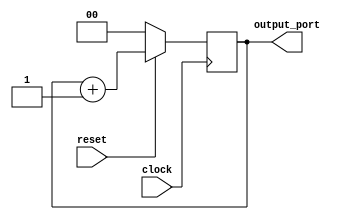
///////////////////////////////////////////////////////////////////////////////////////////////////
// Company: <Name>
//
// File history:
//      <Revision number>: <Date>: <Comments>
//      <Revision number>: <Date>: <Comments>
//      <Revision number>: <Date>: <Comments>
//
// Description: 
//
// <Description here>
//
// Targeted device: <Family::IGLOO> <Die::AGLN250V2> <Package::100 VQFP>
//
/////////////////////////////////////////////////////////////////////////////////////////////////// 
//`timescale <time_units> / <precision>

module counter_tmp( clock, reset, output_port);
input clock, reset;
output[1:0] output_port;

reg[1:0] counter_reg;

always @ (posedge clock)
begin
    if (!reset)
        counter_reg <= 2'b00;
    else
        counter_reg <= counter_reg+1;
end 

assign output_port = counter_reg;

endmodule